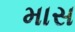
માસ